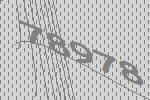
78978